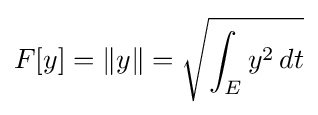
F[y]=\|y\|={\sqrt {\int _{E}y^{2}\,dt}}